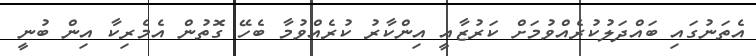
އެތަނުގައިި ބައްދަލުކުރެއްވުމަށް ކަރުޒާއީ އިންކާރު ކުރެއްވުމާ ބެހޭ ގޮތުން އެމެރިކާ އިން ބުނީ